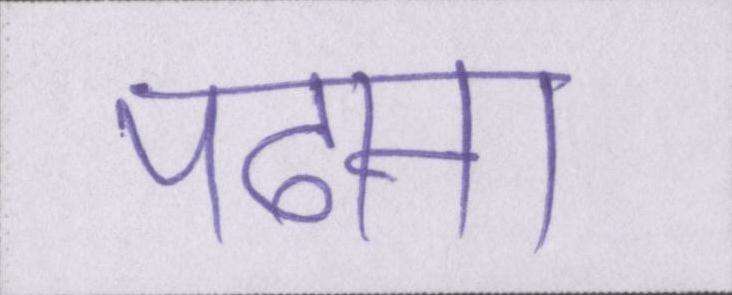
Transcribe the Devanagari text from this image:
पढाना